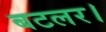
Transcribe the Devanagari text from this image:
बटलर।